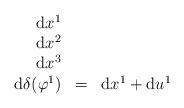
LaTeX: \begin{align*}\begin{array}{rcc}\mathrm{d}x^{1}\\\mathrm{d}x^{2}\\\mathrm{d}x^{3}\\\mathrm{d}\delta(\varphi^{1}) & = & \mathrm{d}x^{1}+\mathrm{d}u^{1}\end{array}\end{align*}